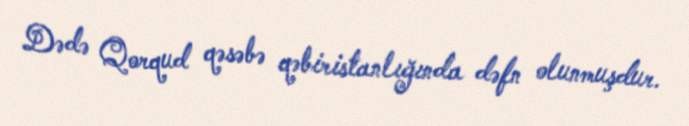
Dədə Qorqud qəsəbə qəbiristanlığında dəfn olunmuşdur.